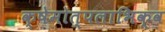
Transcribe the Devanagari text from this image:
क्षेमोत्पलाभिक्व